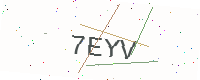
Text: 7EYV